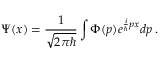
\Psi ( x ) = { \frac { 1 } { \sqrt { 2 \pi \hbar } } } \int \Phi ( p ) e ^ { { \frac { i } { \hbar } } p x } d p \, .